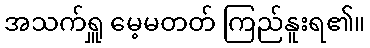
အသက်ရှူ မေ့မတတ် ကြည်နူးရ၏။